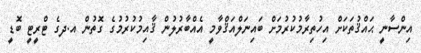
އިންސާނީ ޙައްޤުތަކަށް އިހުތިރާމުކުރުމަށް ބައިނަލްއަޤްވާމީ އެއްބާރުލުން ޤާއިމުކުރުމުގެ ގޮތުން އ.ދގެ ޓްރީޓީ ބޮޑީ